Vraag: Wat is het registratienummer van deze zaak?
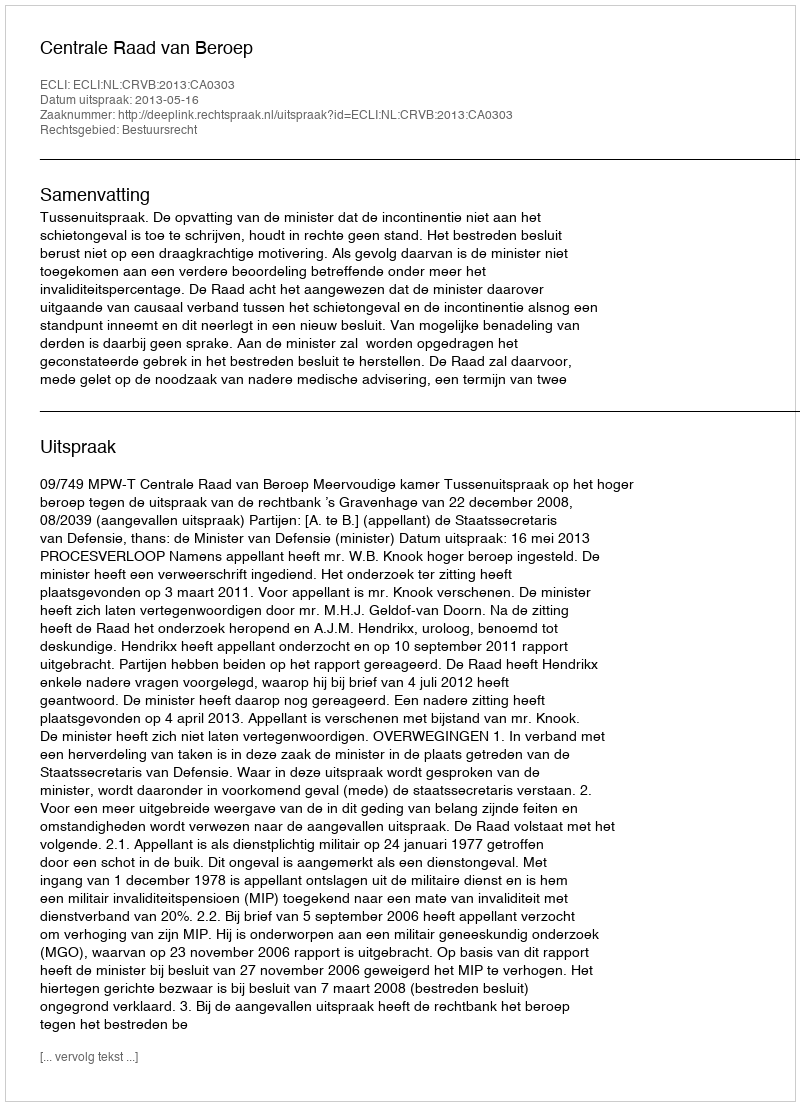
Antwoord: http://deeplink.rechtspraak.nl/uitspraak?id=ECLI:NL:CRVB:2013:CA0303